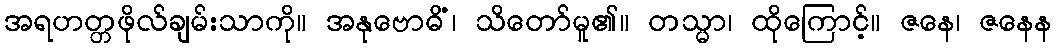
အရဟတ္တဖိုလ်ချမ်းသာကို။ အနုဗောဓိံ၊ သိတော်မူ၏။ တသ္မာ၊ ထိုကြောင့်။ ဇနေ၊ ဇနေန